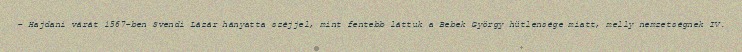
– Hajdani várát 1567-ben Svendi Lázár hányatta széjjel, mint fentebb láttuk a Bebek György hütlensége miatt, melly nemzetségnek IV.